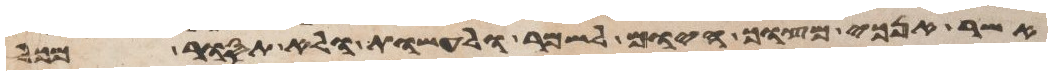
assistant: אשר אנכי מצוך היום לשמר ולעשות ולא תסור מכל